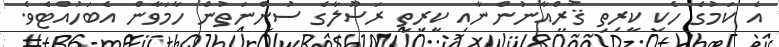
އެ ކަމުގެ ހެކި ކީރިތި ޤުރްއާނުންނާއި ކީރިތި ރަސޫލާގެ ސުންނަތުން ހާމަވާން އެބަހުއްޓެވެ.